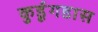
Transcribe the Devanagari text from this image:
कुर्डूगडास